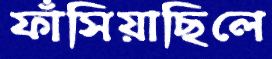
ফাঁসিয়াছিলে